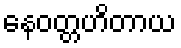
နေဝတ္တဟိတာယ